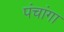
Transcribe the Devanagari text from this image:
पंचांगा